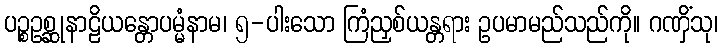
ပဉ္စဥစ္ဆုနာဠိယန္တောပမ္မံနာမ၊ ၅-ပါးသော ကြံညှစ်ယန္တရား ဥပမာမည်သည်ကို။ ဂဏှိံသု၊